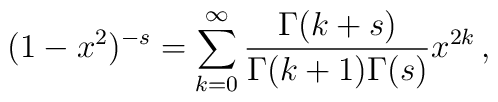
(1 - x^2)^{-s} = \sum_{k=0}^{\infty} {\Gamma (k+s) \over \Gamma (k+1)\Gamma (s)} x^{2k}\, ,